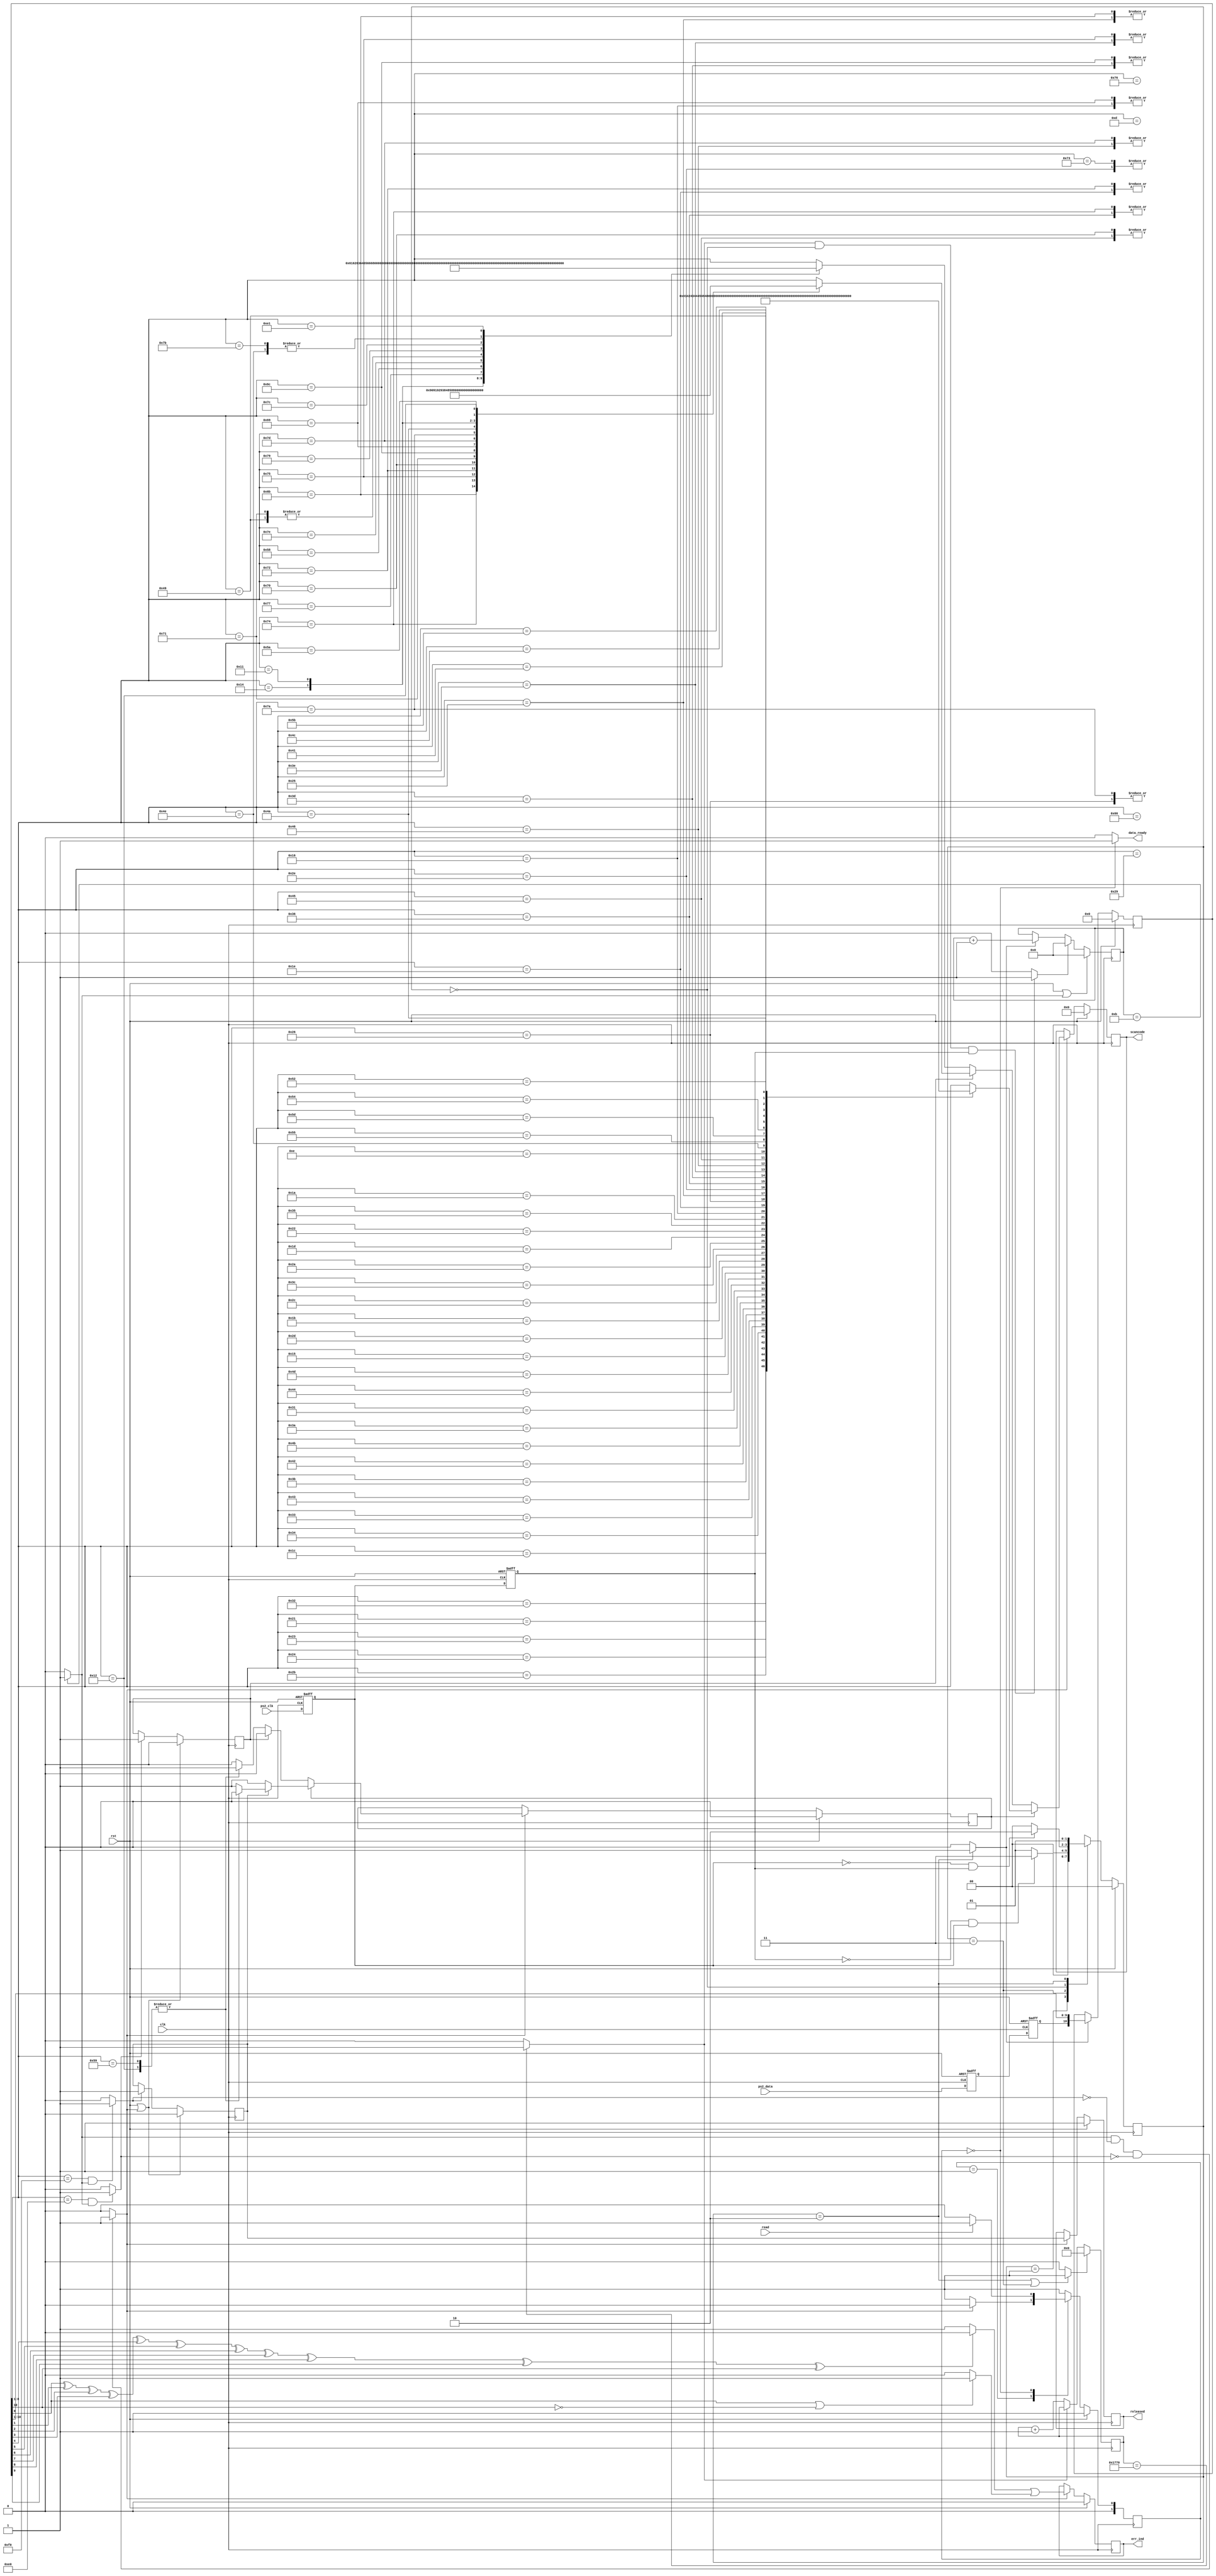
`timescale 1ns / 1ps
//`default_nettype none

`define TIMER_120U_BIT_SIZE 13
`define FRAME_BIT_NUM 11

`define ready_st 'b0
`define ready_ack_st 'b1

`define RELEASE_CODE	'b11110000   // F0
`define EXTENDED_CODE 'b11100000    // E0
`define TIMER_120U_TERMINAL_VAL 6000

module ps2_kbd_new(
    input wire clk,
    input wire rst,
    input wire ps2_clk,
    input wire ps2_data,
	 input wire read,
    output reg [7:0] scancode,
    output wire data_ready,
    output reg released,
    output reg err_ind
    );
	 
localparam S_H = 2'b00, S_L = 2'b01, S_L2H = 2'b11, S_H2L = 2'b10;

reg [1:0] st,nx_st;
reg [1:0] nx_st2,st2;

reg ps2_clk_d, ps2_clk_s, ps2_data_d, ps2_data_s;
wire ps2_clk_rising_edge, ps2_clk_falling_edge;
wire rst_timer, shift_done;
reg [`FRAME_BIT_NUM - 1 : 0] q;
wire shift;
reg [3:0] bit_cnt;
wire reset_bit_cnt;
wire timer_timeout;
reg [`TIMER_120U_BIT_SIZE-1:0] timer_cnt;
wire got_release;
wire output_strobe;
reg hold_release;
wire extended;
reg hold_extended;
wire err;
reg parity_err,ss_bits_err;
reg p;
reg valid;
reg shift_flag;

// synchronizing asynchronous input signal from ps2 ports 
// ps2 port  ps2clk ps2dataf  (clk)  
always  @(posedge rst,posedge clk) 
begin : sync_reg
	if(rst == 'b1)
		begin
			ps2_clk_d <= 'b1;
			ps2_data_d <= 'b1;
			ps2_clk_s<= 'b1;
			ps2_data_s <= 'b1;
		end
	else
		begin
			ps2_clk_d <= ps2_clk;
			ps2_data_d <= ps2_data;
			ps2_clk_s <= ps2_clk_d;
			ps2_data_s <= ps2_data_d;
		end
	end

// generate pulse signal of one clock period width that informs ps2clk is rising or falling
// ps2clk  rising_edge falling edge detect, falling edge   ps2data .
assign ps2_clk_rising_edge = !ps2_clk_s & ps2_clk_d;
assign ps2_clk_falling_edge = !ps2_clk_d & ps2_clk_s;

//   always ps2clk   FSM.
// S_L ps2clk low, S_L2H ps2clk rising edge, S_H ps2clk high, S_H2L ps2clk falling edge .
// ps2clk  high   , ps2clk .
// ps2clk ----------------------___---___---___---___---___---___----___------------------
//                             *                         *  
always @(posedge clk) 
	begin : state_reg
		if(rst == 'b1)
			st <= S_H;
		else
			st <= nx_st;
	end
	
always @(*)
	begin
		(* FULL_CASE, PARALLEL_CASE *)
		case (st) 
			S_L : nx_st = (ps2_clk_rising_edge == 'b1) ? S_L2H : S_L;
			S_L2H : nx_st = S_H;
			S_H : nx_st = (ps2_clk_falling_edge == 'b1) ? S_H2L : S_H;
			S_H2L : nx_st = S_L;
			default : nx_st = S_H;						
		endcase
	end

// output signals for the state machine
assign shift = (st == S_H2L) ? 'b1 : 'b0;
assign rst_timer = (st == S_H2L || st == S_L2H ) ? 'b1 : 'b0;

// bit counter
always @(posedge clk)
	begin : cnt_bit_num 
		if((rst == 'b1) || (shift_done == 'b1))
			bit_cnt <= 4'b0;
		else if(reset_bit_cnt == 'b1) 
			bit_cnt <= 4'b0;
		else if(shift == 'b1)
			bit_cnt <= bit_cnt + 'b1;
	end 


// timer_timeout : ps2clk    timer_cnt S_H2L  S_L2H  reset   timer_timeout .
//  ps2clk   ps2clk   state(st)    timer_cnt  .
// ps2clk  33kHZ   10kHz~20kHZ   timer_cnt 120u  ps2clk   .
//   reset_bit_cnt  bit_cnt reset   .
assign timer_timeout = (timer_cnt == `TIMER_120U_TERMINAL_VAL) ? 'b1 : 'b0;
assign reset_bit_cnt = (timer_timeout == 'b1 && st == S_H && ps2_clk_s == 'b1) ? 'b1 : 'b0;

// 120 us timer
always @(posedge clk)
	begin : timer 
		if(rst_timer == 'b1)
			timer_cnt <= 'b0;
		else if(timer_timeout == 'b0)
			timer_cnt <= timer_cnt + 'b1;	
	end

// shift register for SIPO operation (11-bit length)
// ps2clk falling edge  ps2data  bit shift q(11bit: start_bit(1), data_bit(8), parity_bit(1), stop_bit(1)) .
always @(posedge clk)
	begin : shift_R 
		if(rst == 'b1) 
			q <= 'b0;
		else if(shift == 'b1 ) 
			q <= { ps2_data_s, q[`FRAME_BIT_NUM-1 : 1] };
	end

// shift done: 11bit    , shift_done   assert .
assign shift_done = (bit_cnt == `FRAME_BIT_NUM) ? 'b1 : 'b0;
// got_release:   release code(F0) .  detect .
assign got_release = (q[8:1] == `RELEASE_CODE) && (shift_done == 'b1) ? 'b1 : 'b0;
assign extended = (q[8:1] == `EXTENDED_CODE) && (shift_done == 'b1) ? 'b1 : 'b0;
// output_strobe:     .      ps2clk  keyboard  .
assign output_strobe = ((shift_done == 'b1) && (got_release == 'b0) && (extended == 'b0)) ? 'b1 : 'b0;

always @(posedge clk)
	begin : latch_released 
		if( rst == 'b1 || output_strobe == 'b1)
			hold_release <= 'b0;
		else if(got_release == 'b1)
			hold_release <= 'b1;
	end
	
always @(posedge clk)
	begin : latch_extended
		if( rst == 'b1 || output_strobe == 'b1)
			hold_extended <= 'b0;
		else if(extended == 'b1)
			hold_extended <= 'b1;
	end

// state register 
//   always data ready  FSM. 
//    (output_strobe=1)   .(ready_st)
// ready_st    read    ready_ack_st .
always  @(posedge clk)
	begin : comm_state_reg
		if(rst == 'b1) 
			st2 <= `ready_ack_st;
		else
			st2 <= nx_st2;
	end 
	
always @(st2, output_strobe, read)
	begin 
		(* FULL_CASE, PARALLEL_CASE *)
		case (st2) 
			`ready_ack_st : 
				nx_st2 = (output_strobe == 'b1) ? `ready_st : `ready_ack_st;
			`ready_st :
				nx_st2 = (read == 'b1) ?  `ready_ack_st : `ready_st;
			default : 
				nx_st2 = `ready_ack_st;						
		endcase
	end
	
assign data_ready = (st2 == `ready_st) ? 'b1 : 'b0;

	
// latch the output signals (scan code data)
// keyboard    8bit   scancode    ascii code .
always @(posedge clk)
	begin : send_output
		if(rst == 'b1) 
			begin
				scancode = 'b0;
				shift_flag = 'b0;
				released = 'b1;
				err_ind = 'b0;
			end 
		else if(output_strobe == 'b1) // keyborad 
			begin
				scancode = q[8:1];
				released = hold_release;
				err_ind = err;
				if(shift_flag == 'b1) // shift + key
					begin
						valid = 'b1;
						case (q[8:1])
							'h1C : scancode = 'h41; // A
							'h32 : scancode = 'h42; // B
							'h21 : scancode = 'h43; // C
							'h23 : scancode = 'h44; // D
							'h24 : scancode = 'h45; // E
							'h2B : scancode = 'h46; // F
							'h34 : scancode = 'h47; // G
							'h33 : scancode = 'h48; // H
							'h43 : scancode = 'h49; // I
							'h3B : scancode = 'h4A; // J
							'h42 : scancode = 'h4B; // K
							'h4B : scancode = 'h4C; // L
							'h3A : scancode = 'h4D; // M
							'h31 : scancode = 'h4E; // N
							'h44 : scancode = 'h4F; // O
							'h4D : scancode = 'h50; // P
							'h15 : scancode = 'h51; // Q
							'h2D : scancode = 'h52; // R
							'h1B : scancode = 'h53; // S
							'h2C : scancode = 'h54; // T
							'h3C : scancode = 'h55; // U
							'h2A : scancode = 'h56; // V
							'h1D : scancode = 'h57; // W
							'h22 : scancode = 'h58; // X
							'h35 : scancode = 'h59; // Y
							'h1A : scancode = 'h5A; // Z
							
							'h16 : scancode = 'h21; // !
							'h1E : scancode = 'h40; // @
							'h26 : scancode = 'h23; // #
							'h25 : scancode = 'h24; // $
							'h2E : scancode = 'h25; // %
							'h36 : scancode = 'h5E; // ^
							'h3D : scancode = 'h26; // &
							'h3E : scancode = 'h2A; // *
							'h46 : scancode = 'h28; // (
							'h45 : scancode = 'h29; // )
							
							'h0E : scancode = 'h7E; // ~
							'h4E : scancode = 'h5F; // _
							'h55 : scancode = 'h2B; // +
							'h5D : scancode = 'h7C; // |
							'h54 : scancode = 'h7B; // {
							'h5B : scancode = 'h7D; // }
							'h4C : scancode = 'h7A; // :
							'h52 : scancode = 'h22; // "
							'h41 : scancode = 'h3C; // <
							'h49 : scancode = 'h3E; // >
							'h4A : scancode = 'h3F; // ?
							default : 
								begin
									scancode = scancode;
									valid = 'b0;
								end
						endcase
									
						if(hold_release == 'b1) // keyboard   , shift  scancode  .
							begin
								valid = 'b1;
								case (q[8:1])
									'h12 :
										begin
											shift_flag = 'b0;
											scancode = scancode; 
										end											
									'h59 : 
										begin
											shift_flag = 'b0;
											scancode = scancode;
										end
									default : 
										begin
											scancode = scancode;
											valid = 'b0;
										end
								endcase
							end
					end
				
				/* shift flag == 0 */			
				else if (hold_extended == 'b1)
					begin
						valid = 'b1;
						case (q[8:1])
							'h74 : scancode = 'h90; // right arrow
							'h6B : scancode = 'h91; // left arrow
							'h75 : scancode = 'h92; // up arrow
							'h72 : scancode = 'h93; // down arrow
							
							'h70 : scancode = 'h84; // ins
							'h71 : scancode = 'h85; // del
							'h6C : scancode = 'h86; // home
							'h69 : scancode = 'h87; // end
							'h7D : scancode = 'h88; // page up
							'h7A : scancode = 'h89; // page down
							
							'h4A : scancode = 'h2F; // /
							'h14 : scancode = 'h80; // r_control
							'h11 : scancode = 'h81; // r_alt
							'h5A : scancode = 'h0D; // num_pad ENTER
							
							'h12 : scancode = 'h8A; // print screen
							default : 
								begin
									scancode = scancode;
									valid = 'b0;
								end
						endcase
					end
							
				else
					begin
						valid = 'b1;
						case (q[8:1])
							'h1C : scancode = 'h61; // a
							'h32 : scancode = 'h62; // b
							'h21 : scancode = 'h63; // c
							'h23 : scancode = 'h64; // d
							'h24 : scancode = 'h65; // e
							'h2B : scancode = 'h66; // f
							'h34 : scancode = 'h67; // g
							'h33 : scancode = 'h68; // h
							'h43 : scancode = 'h69; // i
							'h3B : scancode = 'h6A; // j
							'h42 : scancode = 'h6B; // k
							'h4B : scancode = 'h6C; // l
							'h3A : scancode = 'h6D; // m
							'h31 : scancode = 'h6E; // n
							'h44 : scancode = 'h6F; // o
							'h4D : scancode = 'h70; // p
							'h15 : scancode = 'h71; // q
							'h2D : scancode = 'h72; // r
							'h1B : scancode = 'h73; // s
							'h2C : scancode = 'h74; // t
							'h3C : scancode = 'h75; // u
							'h2A : scancode = 'h76; // v
							'h1D : scancode = 'h77; // w
							'h22 : scancode = 'h78; // x
							'h35 : scancode = 'h79; // y
							'h1A : scancode = 'h7A; // z
							
							'h16 : scancode = 'h31; // 1
							'h1E : scancode = 'h32; // 2
							'h26 : scancode = 'h33; // 3
							'h25 : scancode = 'h34; // 4
							'h2E : scancode = 'h35; // 5
							'h36 : scancode = 'h36; // 6
							'h3D : scancode = 'h37; // 7
							'h3E : scancode = 'h38; // 8
							'h46 : scancode = 'h39; // 9
							'h45 : scancode = 'h30; // 0
							
							'h69 : scancode = 'h31; // 1
							'h72 : scancode = 'h32; // 2
							'h7A : scancode = 'h33; // 3
							'h6B : scancode = 'h34; // 4
							'h73 : scancode = 'h35; // 5
							'h74 : scancode = 'h36; // 6
							'h6C : scancode = 'h37; // 7
							'h75 : scancode = 'h38; // 8
							'h7D : scancode = 'h39; // 9
							'h70 : scancode = 'h30; // 0
							
							'h76 : scancode = 'h1B; // ESC
							'h0E : scancode = 'h60; // `
							'h4E : scancode = 'h2D; // -
							'h55 : scancode = 'h3D; // =
							'h5D : scancode = 'h5C; // \
							'h66 : scancode = 'h08; // BACKSPACE
							'h0D : scancode = 'h09; // TAB
							'h5A : scancode = 'h0D; // ENTER
							'h54 : scancode = 'h5B; // [
							'h5B : scancode = 'h5D; // ]
							'h4C : scancode = 'h3B; // ;
							'h52 : scancode = 'h27; // '
							'h41 : scancode = 'h2C; // ,
							'h49 : scancode = 'h2E; // .
							'h4A : scancode = 'h2F; // /
							'h29 : scancode = 'h20; // SPACE
							
							'h14 : scancode = 'h80; // control
							'h11 : scancode = 'h81; // alt
							'h77 : scancode = 'h82; // Num Lock
							'h58 : scancode = 'h83; // Caps
							'h7E : scancode = 'h8B; // scroll lock
							
							// sign in numer pad on right side
							'h71 : scancode = 'h2E; // .
							'h79 : scancode = 'h2B; // +
							'h7C : scancode = 'h2A; // *
							'h7B : scancode = 'h2D; // -
							'hE1 : scancode = 'h8C; // puase/break
							'h12 :						 // shift_on
								begin
									scancode = scancode;
									shift_flag = 'b1;
								end 
							'h59 :						 // shift_on 
								begin
									scancode = scancode;
									shift_flag = 'b1;
								end 
							default : 
								begin
									scancode = scancode;
									valid = 'b0;
								end
						endcase
					end				
			end
		else
			begin
				scancode = scancode;
				err_ind = err_ind;
				released = released;
			end
	end
	
// error cheking part
// keyboard   11bit  error   
// parity_err(odd parity): keyboard odd_parity check   11bit 1    parity bit .
// ,  11bit   1  error  .
// ss_bits_err: start bit '0' stop bitdl '1' check.
always @(q)
	begin : err_chk 
		p = q[0] ^ q[1] ^ q[2] ^ q[3] ^ q[4] ^ q[5] ^ q[6] ^ q[7] ^ q[8] ^ q[9] ^ q[10];	
		parity_err = ( p == 'b1) ? 1'b0 : 1'b1;
		ss_bits_err = ( q[0] == 'b1 || q[10] == 'b0) ? 1'b1 : 1'b0;
	end
	
assign err = parity_err || ss_bits_err;

endmodule